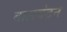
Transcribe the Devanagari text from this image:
बालचंद्रन